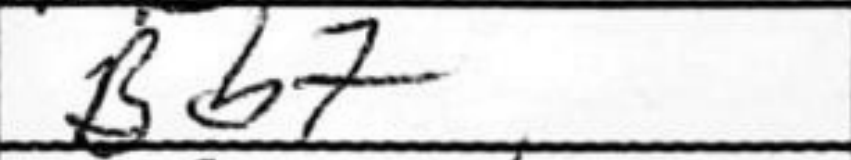
Transcription: Bb7